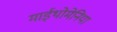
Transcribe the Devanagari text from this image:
माईथोमेनिया